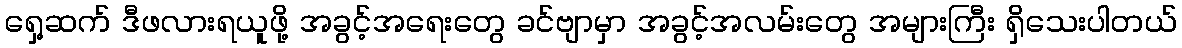
ရှေ့ဆက် ဒီဖလားရယူဖို့ အခွင့်အရေးတွေ ခင်ဗျာမှာ အခွင့်အလမ်းတွေ အများကြီး ရှိသေးပါတယ်